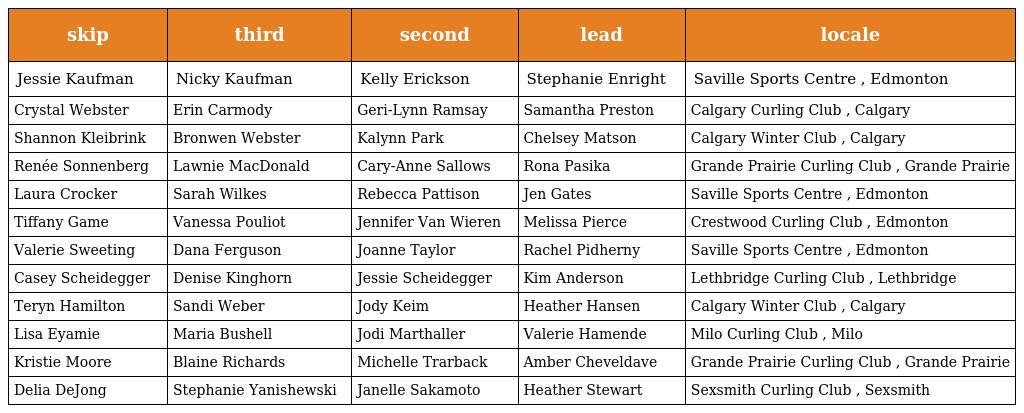
| skip | third | second | lead | locale |
 | --- | --- | --- | --- | --- |
 | Jessie Kaufman | Nicky Kaufman | Kelly Erickson | Stephanie Enright | Saville Sports Centre , Edmonton |
 | Crystal Webster | Erin Carmody | Geri-Lynn Ramsay | Samantha Preston | Calgary Curling Club , Calgary |
 | Shannon Kleibrink | Bronwen Webster | Kalynn Park | Chelsey Matson | Calgary Winter Club , Calgary |
 | Renée Sonnenberg | Lawnie MacDonald | Cary-Anne Sallows | Rona Pasika | Grande Prairie Curling Club , Grande Prairie |
 | Laura Crocker | Sarah Wilkes | Rebecca Pattison | Jen Gates | Saville Sports Centre , Edmonton |
 | Tiffany Game | Vanessa Pouliot | Jennifer Van Wieren | Melissa Pierce | Crestwood Curling Club , Edmonton |
 | Valerie Sweeting | Dana Ferguson | Joanne Taylor | Rachel Pidherny | Saville Sports Centre , Edmonton |
 | Casey Scheidegger | Denise Kinghorn | Jessie Scheidegger | Kim Anderson | Lethbridge Curling Club , Lethbridge |
 | Teryn Hamilton | Sandi Weber | Jody Keim | Heather Hansen | Calgary Winter Club , Calgary |
 | Lisa Eyamie | Maria Bushell | Jodi Marthaller | Valerie Hamende | Milo Curling Club , Milo |
 | Kristie Moore | Blaine Richards | Michelle Trarback | Amber Cheveldave | Grande Prairie Curling Club , Grande Prairie |
 | Delia DeJong | Stephanie Yanishewski | Janelle Sakamoto | Heather Stewart | Sexsmith Curling Club , Sexsmith |